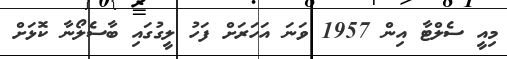
މިއީ ސެލްޓާ އިން 1957 ވަނަ އަހަރަށް ފަހު ލީގުގައި ބާސެލޯނާ ކޮޅަށް